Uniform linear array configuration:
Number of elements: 64
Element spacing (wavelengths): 0.5
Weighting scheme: kaiser
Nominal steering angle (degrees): -60
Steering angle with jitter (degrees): -60.08
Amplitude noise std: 0.05
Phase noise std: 0.05

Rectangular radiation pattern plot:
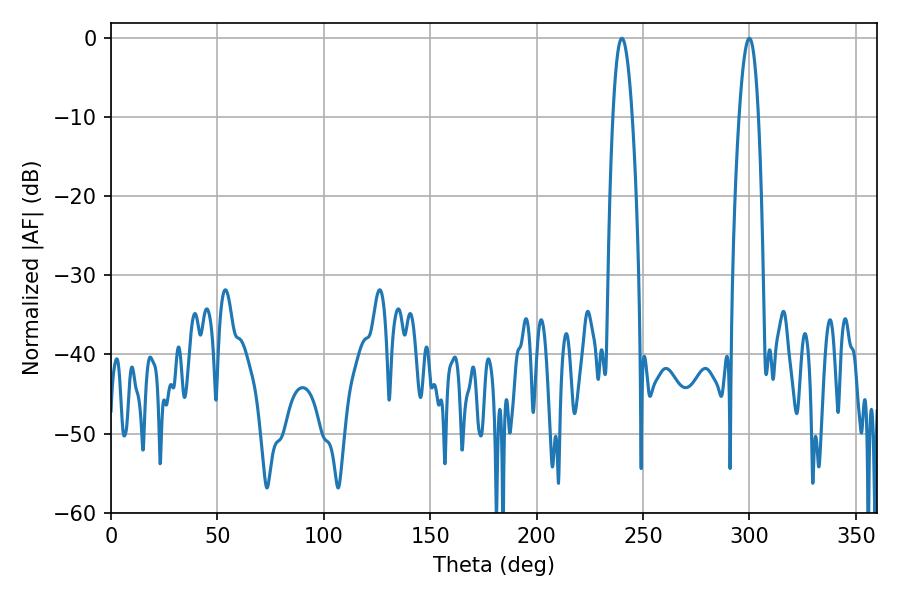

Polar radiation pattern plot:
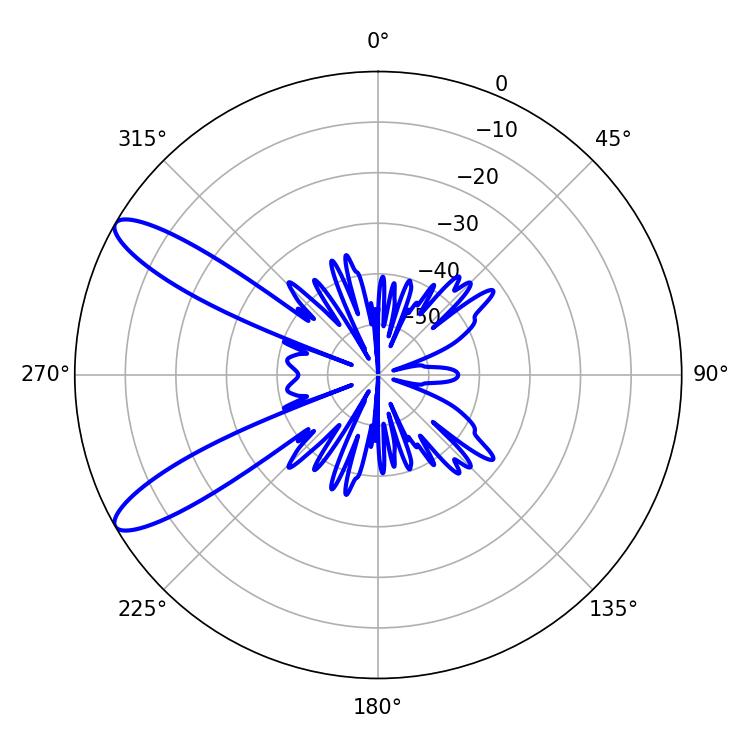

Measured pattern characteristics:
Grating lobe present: FALSE
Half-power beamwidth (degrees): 5.04
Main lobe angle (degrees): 299.88